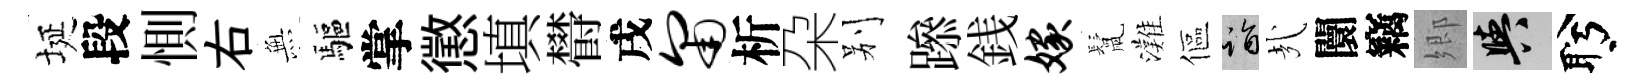
埏段惻右𭴾驅掌懲填欎戌匍析朶别𨅶銭嫁鬛灘傴诣㢤闤竊郷阳盻